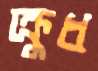
ক্রুধ